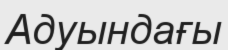
Адуындағы